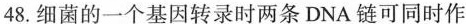
48.细菌的一个基因转录时两条DNA链可同时作